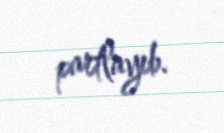
partlayıb.